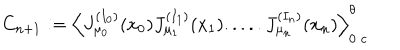
C _ { n + 1 } : = \Big \langle J _ { \mu _ { 0 } } ^ { ( I _ { 0 } ) } ( x _ { 0 } ) J _ { \mu _ { 1 } } ^ { ( I _ { 1 } ) } ( x _ { 1 } ) . . . . . J _ { \mu _ { n } } ^ { ( I _ { n } ) } ( x _ { n } ) \Big \rangle _ { 0 \; c } ^ { \theta }